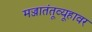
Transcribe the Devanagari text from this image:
मज्जातंतूव्यूहावर